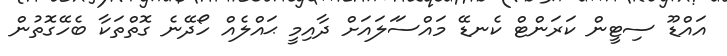
އައްޑޫ ސިޓީން ކަރަންޓް ކެނޑޭ މައްސަަލައަށް ދާއިމީ ޙައްލެއް ހޯދޭނެ ގޮތްތަކާ ބެހޭގޮތުން